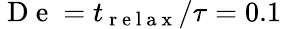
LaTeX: \mathrm{~D~e~}={t_{\mathrm{~r~e~l~a~x~}}/\tau}=0.1